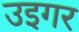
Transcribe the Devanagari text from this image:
उइगर